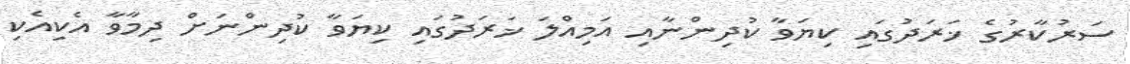
ސަރުކާރުގެ ޚަރަދުގައި ކިޔަވާ ކުދިންނާއި އަމިއްލަ ޚަރަދުގައި ކިޔަވާ ކުދިންނަށް ދިމާވާ އެކިއެކި